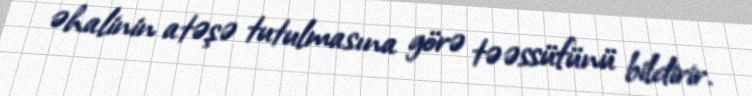
əhalinin atəşə tutulmasına görə təəssüfünü bildirir.